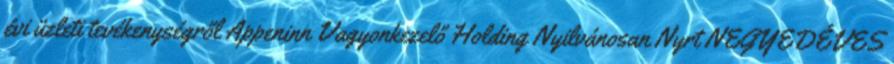
évi üzleti tevékenységről Appeninn Vagyonkezelő Holding Nyilvánosan Nyrt NEGYEDÉVES